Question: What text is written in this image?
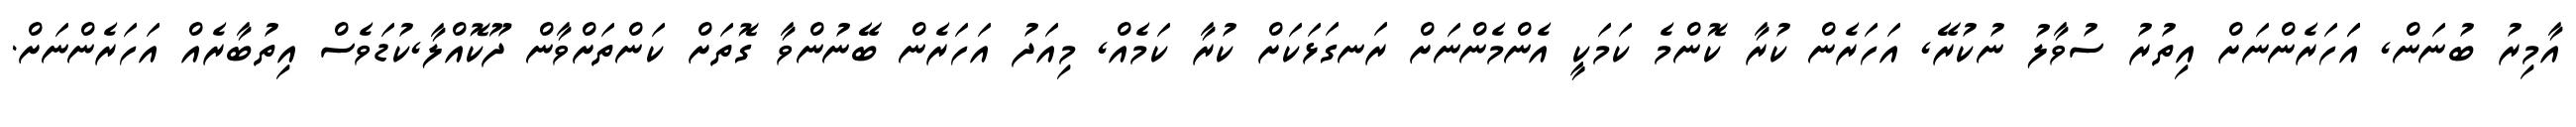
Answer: އާމިރު ބުނަން, އަަހަރެންނަށް އިތުރު ސުވާލު ނުކުރޭ, އަހަރެން ކުރާ ކޮންމެ ކަމަކީ އެންމެންނަށް ރަނގަޅަކަށް ކުރާ ކަމެއް, މިއަދު އަހަރެން ބޭނުންވާ ގޮތަށް ކަންތަށްވާން ދޫކޮއްލާ,ކުޑަވެސް އިތުބާރެއް އަހަރެންނަށް.